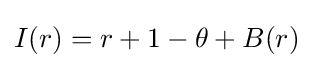
I(r)=r+1-\theta +B(r)